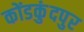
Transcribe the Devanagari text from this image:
कोंडकुंदपुर